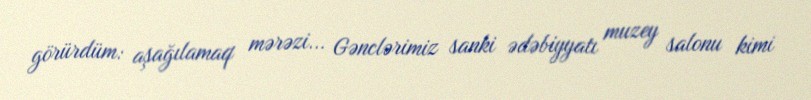
görürdüm: aşağılamaq mərəzi... Gənclərimiz sanki ədəbiyyatı muzey salonu kimi